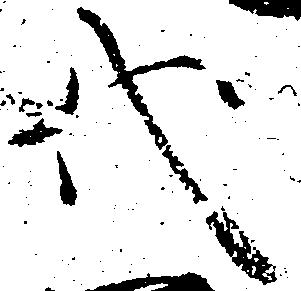
代